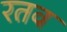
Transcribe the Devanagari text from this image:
रतव